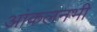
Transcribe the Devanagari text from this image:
आंकलनभी